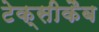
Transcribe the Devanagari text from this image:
टेक्सीकैब